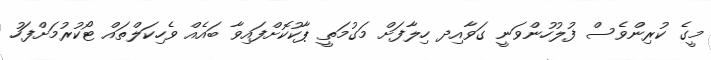
މީގެ ކުރިންވެސް ފުލުހުންވަނީ ގަވާއިދ ހިލާފަށް މަގުމަތީ ޕާކުކޮށްފައިވާ ބައެއް ވެހިކަލްތައް ޓޯކުރުމަށްފަހު